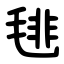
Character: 毴